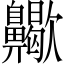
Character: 𪗀